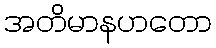
အတိမာနဟတော